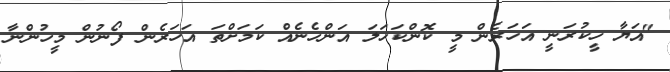
"އަޔާ ހީކުރަނީ އަހަރެން މީ ކޮންކަހަލަ އަންހެނެއް ކަމަށްތަ އަހަރެން ފޯނުން މީހުންނާ